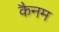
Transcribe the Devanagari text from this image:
कैनम